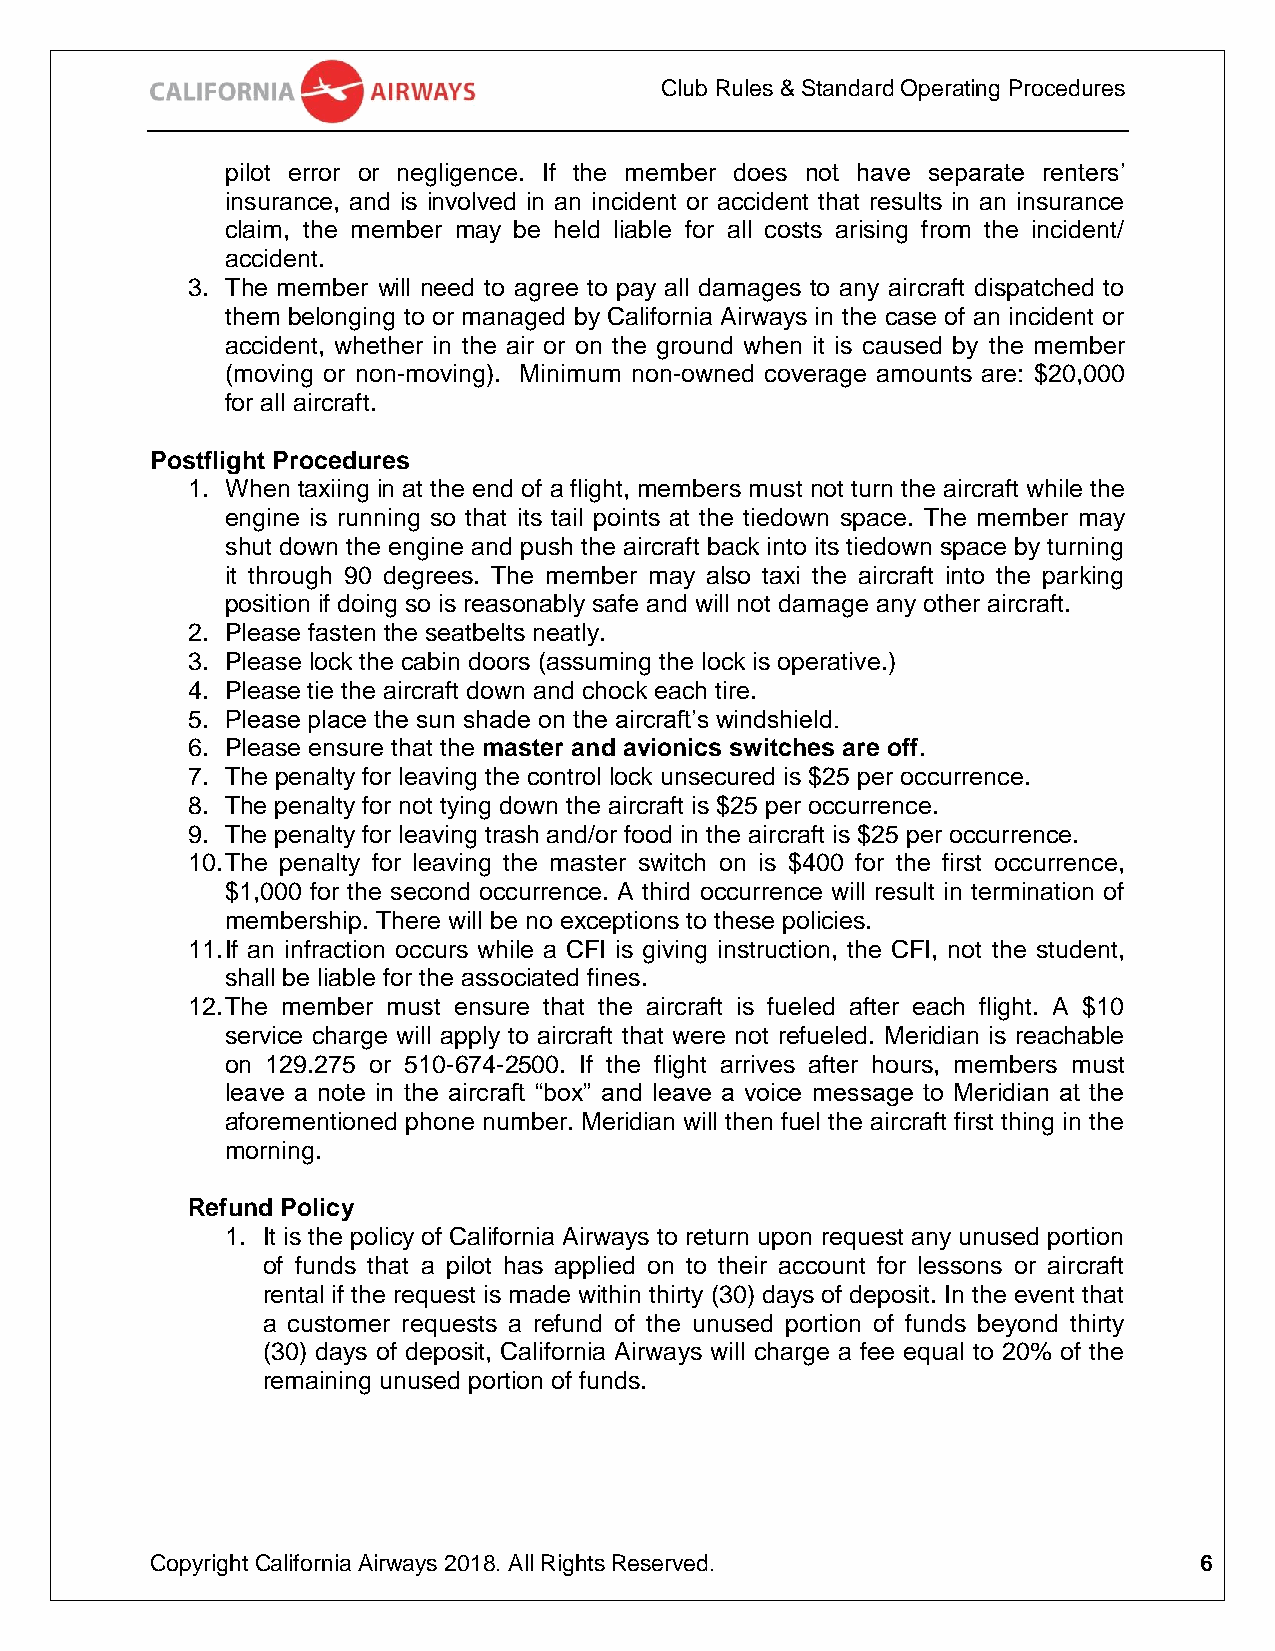
Club Rules & Standard Operating Procedures
 pilot error or negligence. If the member does not have separate renters’
 insurance, and is involved in an incident or accident that results in an insurance
 claim, the member may be held liable for all costs arising from the incident/
 accident.
 3. The member will need to agree to pay all damages to any aircraft dispatched to
 them belonging to or managed by California Airways in the case of an incident or
 accident, whether in the air or on the ground when it is caused by the member
 (moving or non-moving). Minimum non-owned coverage amounts are: $20,000
 for all aircraft.
 Postflight Procedures
 1. When taxiing in at the end of a flight, members must not turn the aircraft while the
 engine is running so that its tail points at the tiedown space. The member may
 shut down the engine and push the aircraft back into its tiedown space by turning
 it through 90 degrees. The member may also taxi the aircraft into the parking
 position if doing so is reasonably safe and will not damage any other aircraft.
 2. Please fasten the seatbelts neatly.
 3. Please lock the cabin doors (assuming the lock is operative.)
 4. Please tie the aircraft down and chock each tire.
 5. Please place the sun shade on the aircraft’s windshield.
 6. Please ensure that the master and avionics switches are off.
 7. The penalty for leaving the control lock unsecured is $25 per occurrence.
 8. The penalty for not tying down the aircraft is $25 per occurrence.
 9. The penalty for leaving trash and/or food in the aircraft is $25 per occurrence.
 10. The penalty for leaving the master switch on is $400 for the first occurrence,
 $1,000 for the second occurrence. A third occurrence will result in termination of
 membership. There will be no exceptions to these policies.
 11. If an infraction occurs while a CFI is giving instruction, the CFI, not the student,
 shall be liable for the associated fines.
 12. The member must ensure that the aircraft is fueled after each flight. A $10
 service charge will apply to aircraft that were not refueled. Meridian is reachable
 on 129.275 or 510-674-2500. If the flight arrives after hours, members must
 leave a note in the aircraft “box” and leave a voice message to Meridian at the
 aforementioned phone number. Meridian will then fuel the aircraft first thing in the
 morning.
 Refund Policy
 1. It is the policy of California Airways to return upon request any unused portion
 of funds that a pilot has applied on to their account for lessons or aircraft
 rental if the request is made within thirty (30) days of deposit. In the event that
 a customer requests a refund of the unused portion of funds beyond thirty
 (30) days of deposit, California Airways will charge a fee equal to 20% of the
 remaining unused portion of funds.
 Copyright California Airways 2018. All Rights Reserved.              6